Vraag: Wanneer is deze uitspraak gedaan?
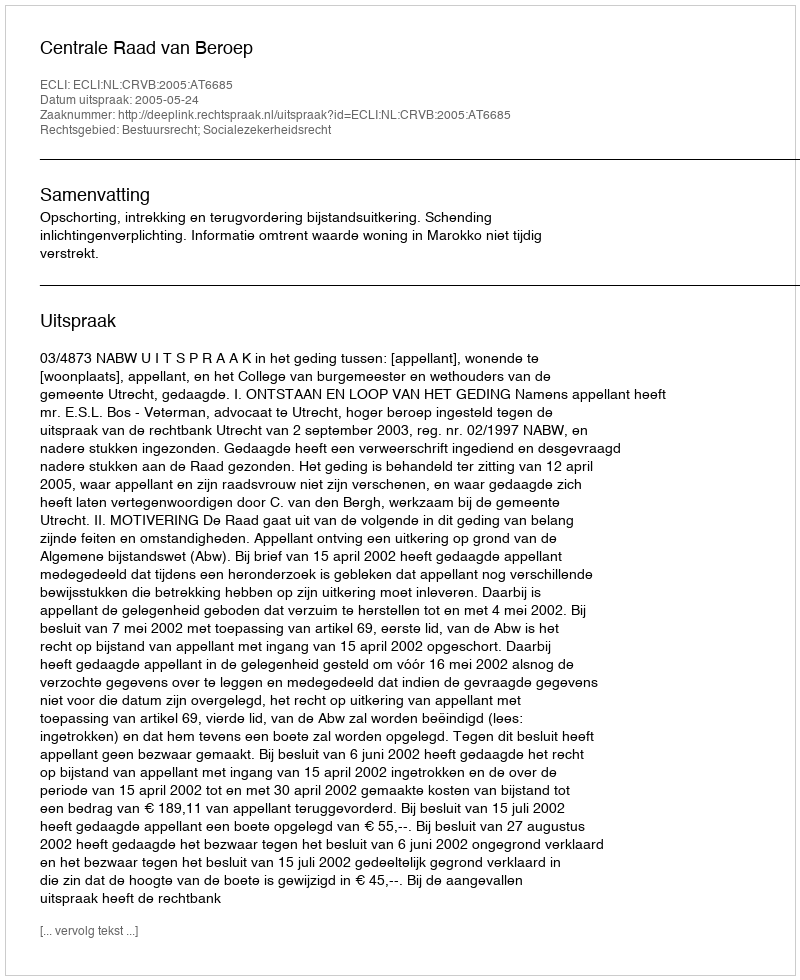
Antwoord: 2005-05-24